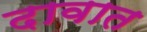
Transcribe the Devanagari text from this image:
दावात